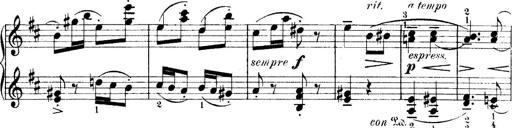
Title: 4 Sonatines
Composer: Max Reger